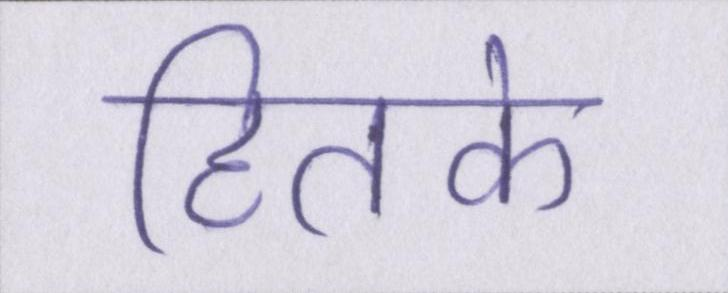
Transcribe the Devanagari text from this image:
हितके